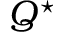
Q ^ { \star }